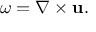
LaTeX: \omega = \nabla \times \mathbf { u } .